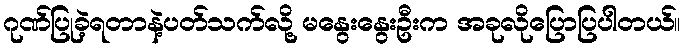
ဂုဏ်ပြုခဲ့ရတာနဲ့ပတ်သက်လို့ မနွေးနွေးဦးက အခုလိုပြောပြပါတယ်။